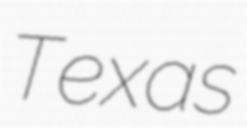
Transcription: Texas